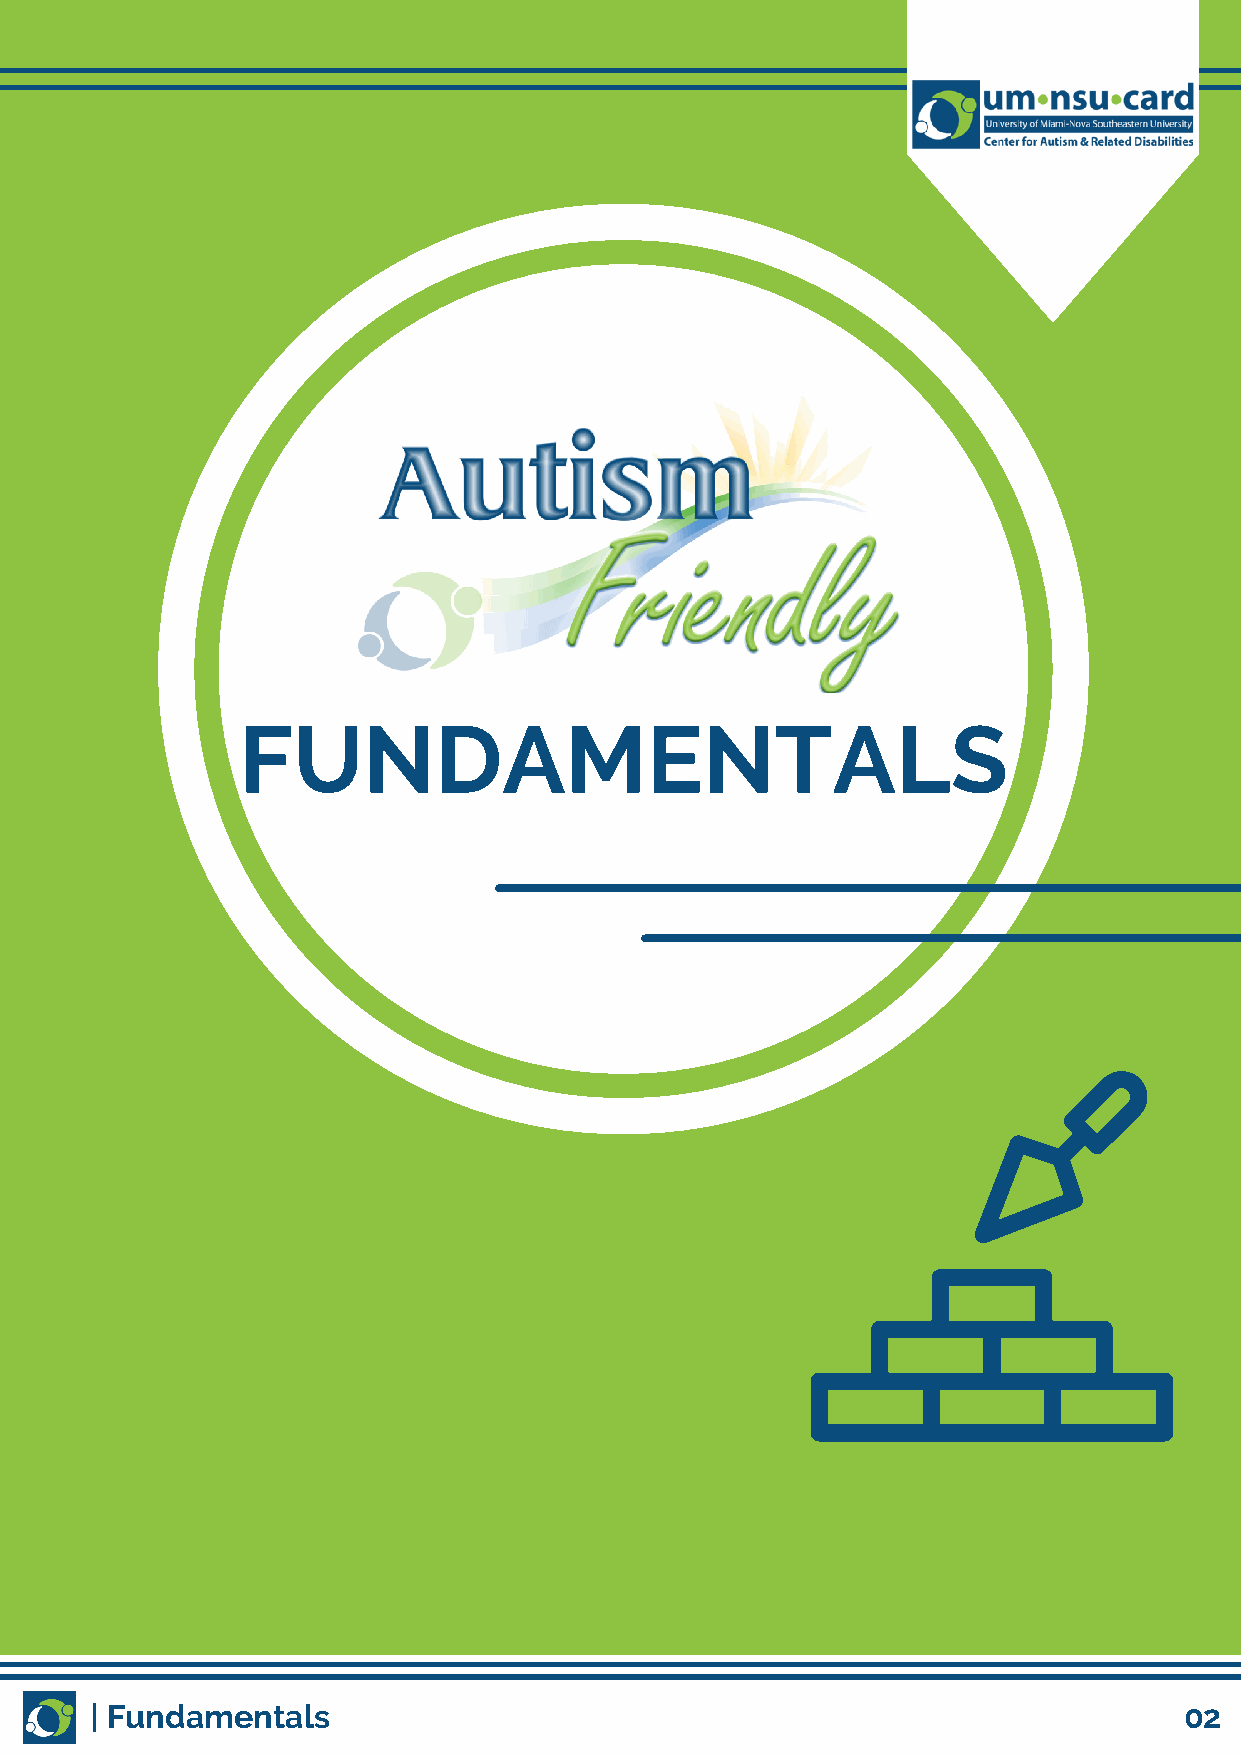
FUNDAMENTALS
 | Fundamentals                                                          02